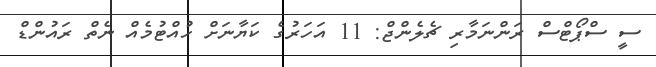
ސީ ސްޕޯޓްސް ރަންނަމާރި ޗެލެންޖް: 11 އަހަރުގެ ކަޔާނަށް ހުއްޓުމެއް ނެތް ރައުންޑް